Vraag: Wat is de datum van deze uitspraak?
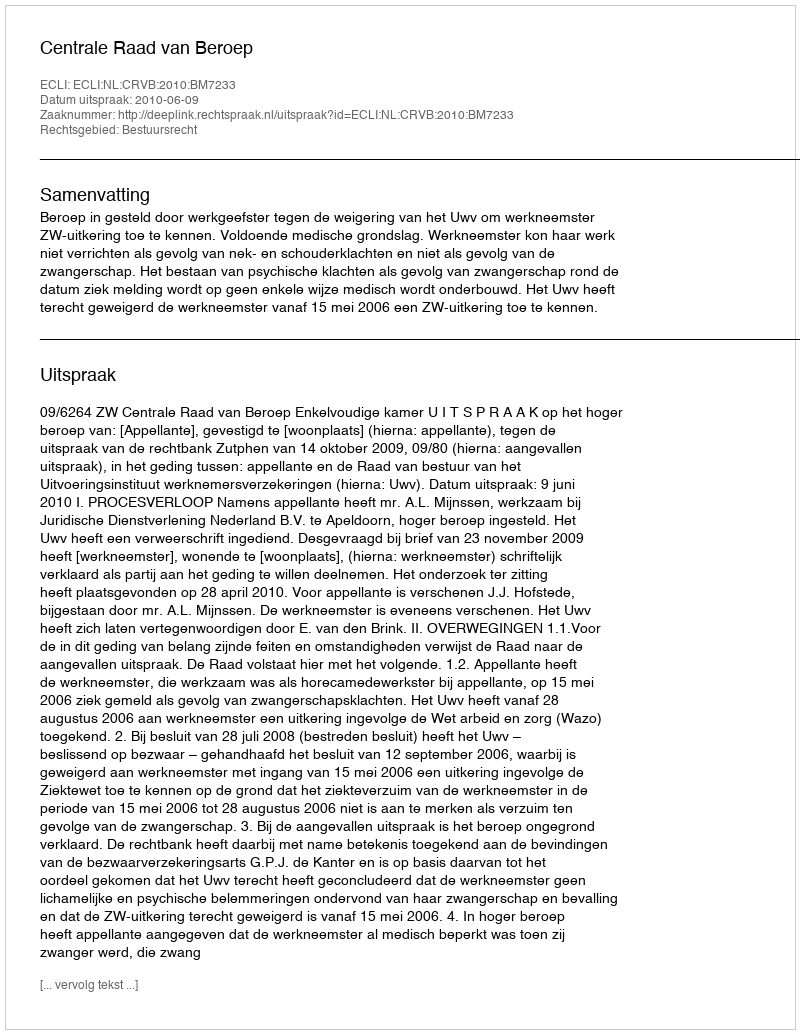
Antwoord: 2010-06-09